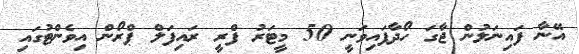
އޭނާ ފައިނަލުން ޖާގަ ހޯދާފައިވަނީ 50 މީޓަރު ފްރީ ރައިފަލް ޕްރޯން އިވެންޓުގައި